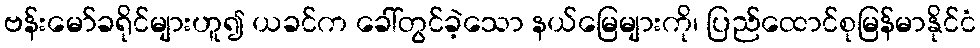
ဗန်းမော်ခရိုင်များဟူ၍ ယခင်က ခေါ်တွင်ခဲ့သော နယ်မြေများကို၊ ပြည်ထောင်စုမြန်မာနိုင်ငံ